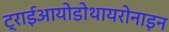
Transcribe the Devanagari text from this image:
ट्राईआयोडोथायरोनाइन